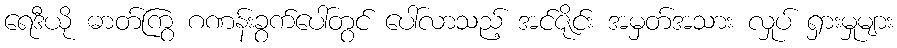
ရေဒီယို ဓာတ်ကြွ ဂဏန်းခွက်ပေါ်တွင် ပေါ်လာသည့် အင်ဇိုင်း အမှတ်အသား လှုပ် ရှားမှုများ